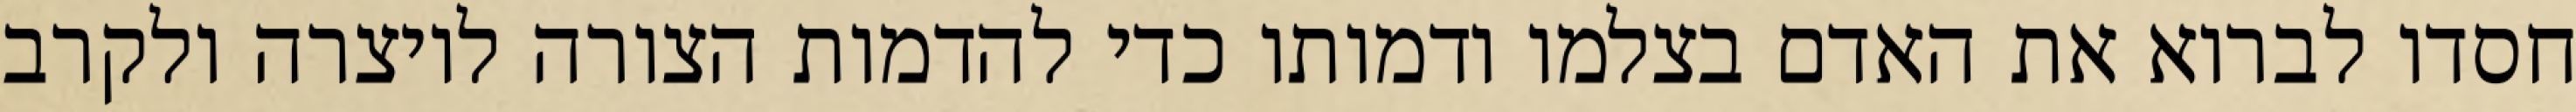
חסדו לברוא את האדם בצלמו ודמותו כדי להדמות הצורה ליוצרה ולקרב